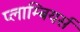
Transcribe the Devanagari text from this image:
प्लाम्बियर्स